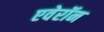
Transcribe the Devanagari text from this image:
एवेरॉन